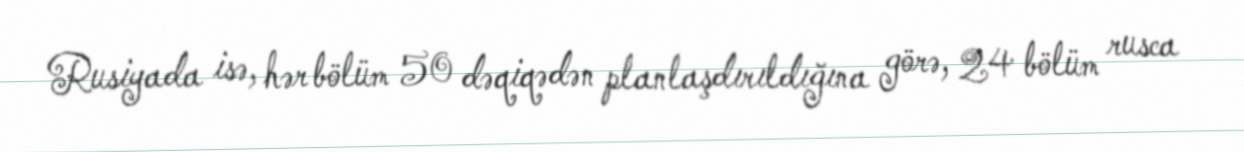
Rusiyada isə, hər bölüm 50 dəqiqədən planlaşdırıldığına görə, 24 bölüm rusca